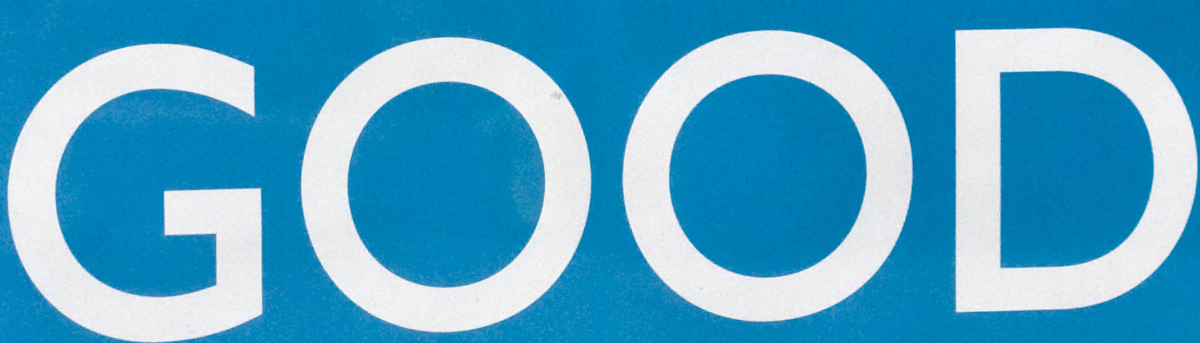
GOOD